Civil Veterinary Dept. North-West Frontier Province 1933-46 - 1933-1946
Year: 1933
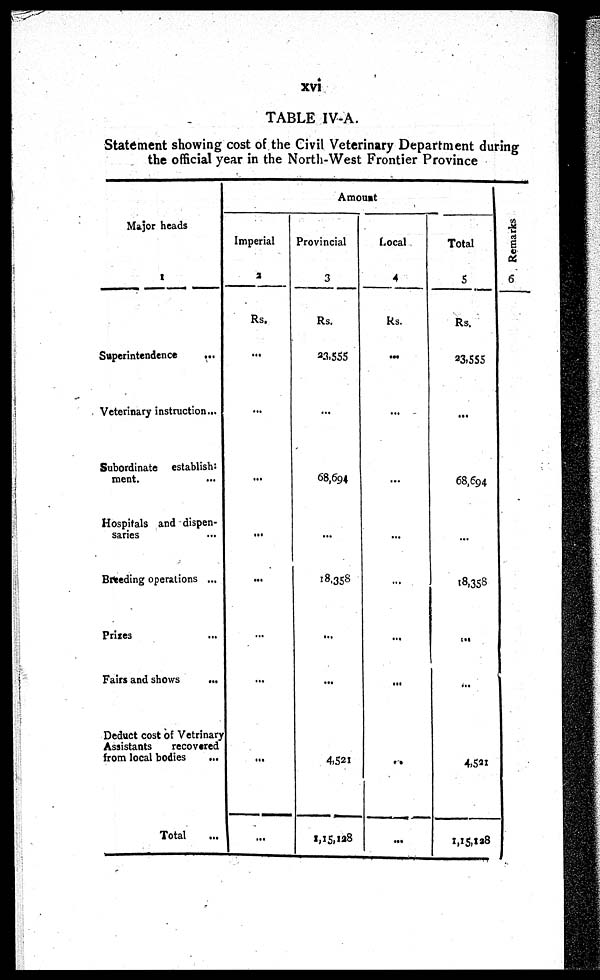
xvi
TABLE IV-A.
Statement showing cost of the Civil Veterinary Department during
the official year in the North-West Frontier Province
Major heads
1
Superintendence
...
Veterinary instruction...
Subordinate establish-
ment. ...
Hospitals and dispen-
saries ...
Breeding operations ...
Prizes ...
Fairs and shows
...
Deduct cost of Vetrinary
Assistants
recovered
from local bodies
...
Total ...
Amount
Imperial
2
Rs.
...
...
...
...
...
...
...
...
...
Provincial
3
Rs.
23,555
...
68,694
...
18,358
...
...
4,521
1,15,128
Local
4
Rs.
...
...
...
...
...
...
...
..
...
Total
5
Rs.
23,555
...
68,694
...
18,358
...
...
4,531
1,15,128
Remarks
6